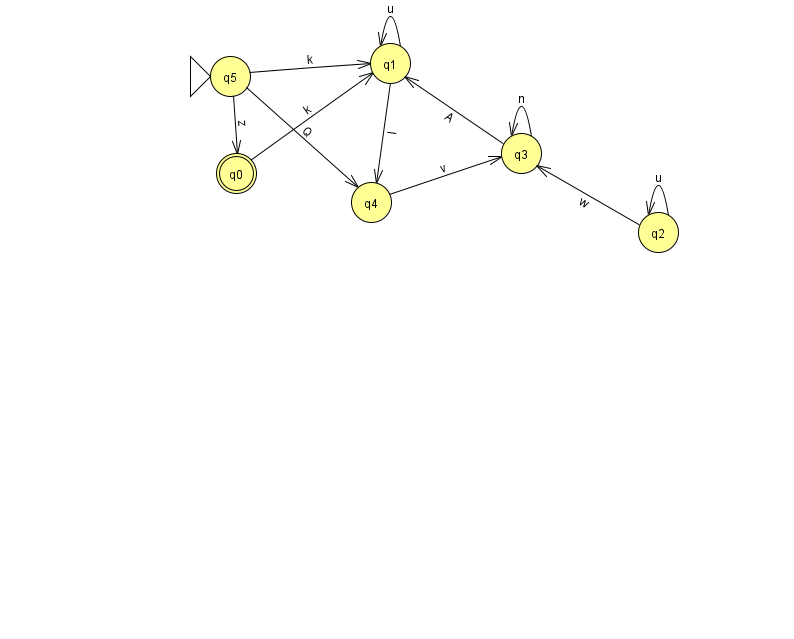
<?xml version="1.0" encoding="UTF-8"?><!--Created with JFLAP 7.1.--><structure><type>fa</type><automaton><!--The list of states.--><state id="0" name="q0"><x>236.0</x><y>160.0</y><final/></state><state id="1" name="q1"><x>390.0</x><y>50.0</y></state><state id="2" name="q2"><x>658.0</x><y>219.0</y></state><state id="3" name="q3"><x>521.0</x><y>140.0</y></state><state id="4" name="q4"><x>371.0</x><y>189.0</y></state><state id="5" name="q5"><x>230.0</x><y>63.0</y><initial/></state><!--The list of transitions.--><transition><from>5</from><to>4</to><read>Q</read></transition><transition><from>2</from><to>3</to><read>w</read></transition><transition><from>5</from><to>0</to><read>z</read></transition><transition><from>0</from><to>1</to><read>k</read></transition><transition><from>1</from><to>1</to><read>u</read></transition><transition><from>2</from><to>2</to><read>u</read></transition><transition><from>5</from><to>1</to><read>k</read></transition><transition><from>1</from><to>4</to><read>I</read></transition><transition><from>3</from><to>1</to><read>A</read></transition><transition><from>3</from><to>3</to><read>n</read></transition><transition><from>4</from><to>3</to><read>v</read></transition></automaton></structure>